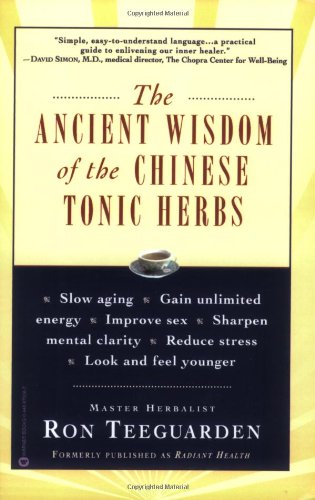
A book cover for The Ancient Wisdom of the Chinese Tonic Herbs; Ron Teeguarden; Health, Fitness & Dieting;